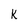
Character: K